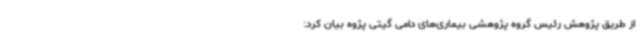
از طریق پژوهش رئیس گروه پژوهشی بیماری‌های دامی گیتی پژوه بیان کرد: